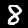
Label: 8